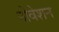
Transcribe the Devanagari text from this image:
नोवेशन